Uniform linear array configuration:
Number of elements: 8
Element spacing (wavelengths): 0.5
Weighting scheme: blackman
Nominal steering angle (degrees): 45
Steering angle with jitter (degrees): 45.298
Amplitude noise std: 0.05
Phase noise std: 0.05

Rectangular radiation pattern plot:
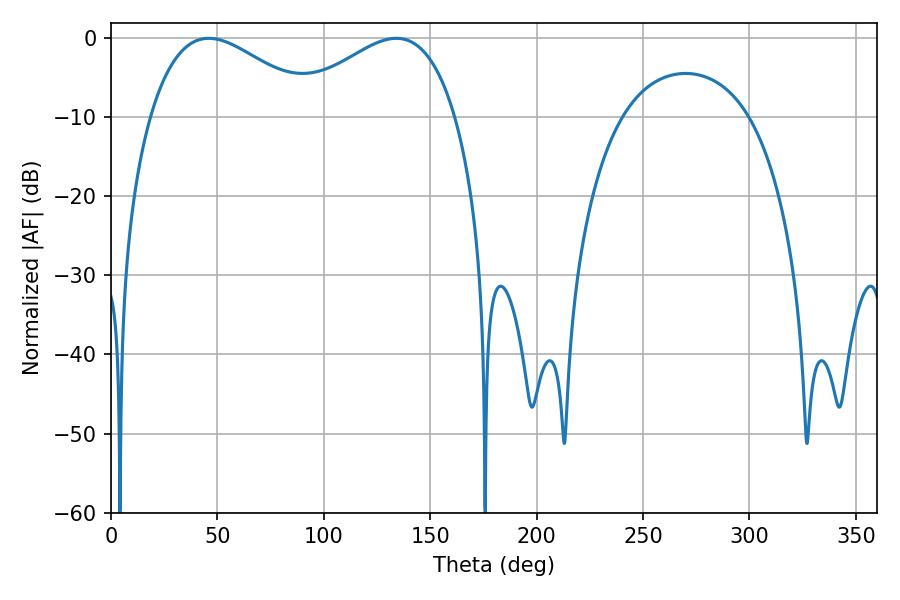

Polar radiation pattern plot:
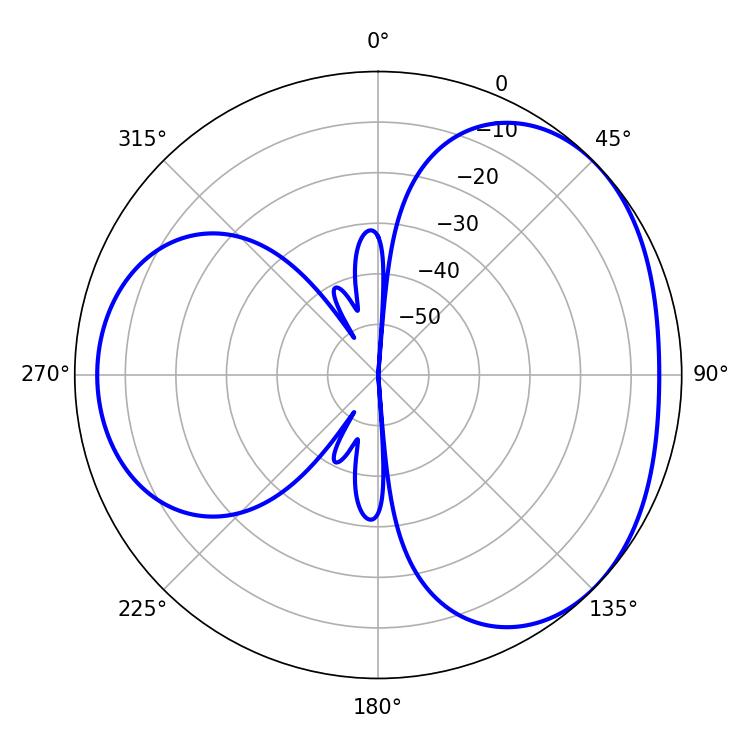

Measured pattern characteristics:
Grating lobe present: FALSE
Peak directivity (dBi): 3.441
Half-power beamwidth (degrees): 42.66
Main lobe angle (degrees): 45.9